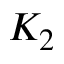
K _ { 2 }